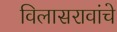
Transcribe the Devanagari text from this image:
विलासरावांचे